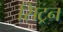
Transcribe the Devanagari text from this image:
सिट्रन